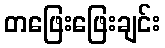
တဖြေးဖြေးချင်း